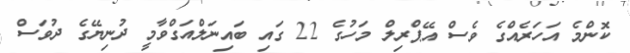
ކޮންމެ އަހަރެއްގެ ވެސް އޭޕްރިލް މަހުގެ 22 ގައި ބައިނަލްއަގްވާމީ ދުނިޔޭގެ ދުވަސް